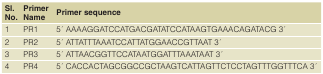
<table><thead><tr><td><b>Sl.No.</b></td><td><b>PrimerName</b></td><td><b>Primer sequence</b></td></tr></thead><tbody><tr><td>1</td><td>PR1</td><td>5 ́ AAAAGGATCCATGACGATATCCATAAGTGAAACAGATACG 3 ́</td></tr><tr><td>2</td><td>PR2</td><td>5 ́ ATTATTTAAATCCATTATGGAACCGTTAAT 3 ́</td></tr><tr><td>3</td><td>PR3</td><td>5 ́ ATTAACGGTTCCATAATGGATTTAAATAAT 3 ́</td></tr><tr><td>4</td><td>PR4</td><td>5 ́ CACCACTAGCGGCCGCTAAGTCATTAGTTCTCCTAGTTTGGTTTCA 3 ́</td></tr></tbody></table>